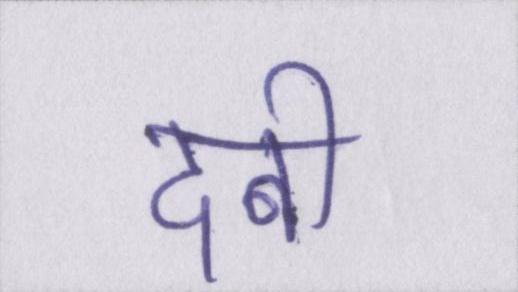
दबी